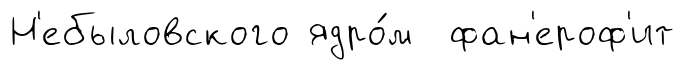
Н'ебыловского ядро́м фан'ероф'ит